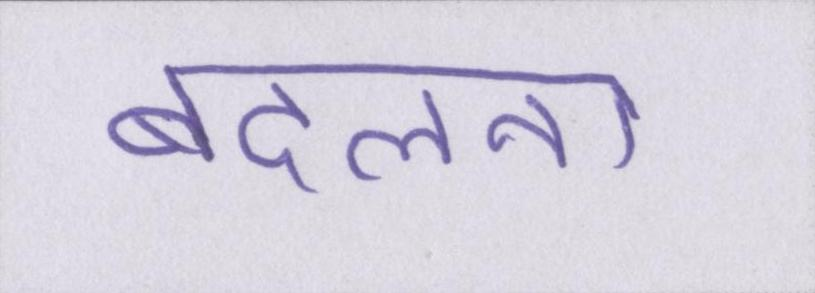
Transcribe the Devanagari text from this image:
बदलना